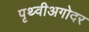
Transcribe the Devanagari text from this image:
पृथ्वीअगोदर